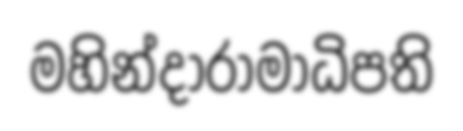
මහින්දාරාමාධිපති